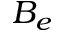
B _ { e }